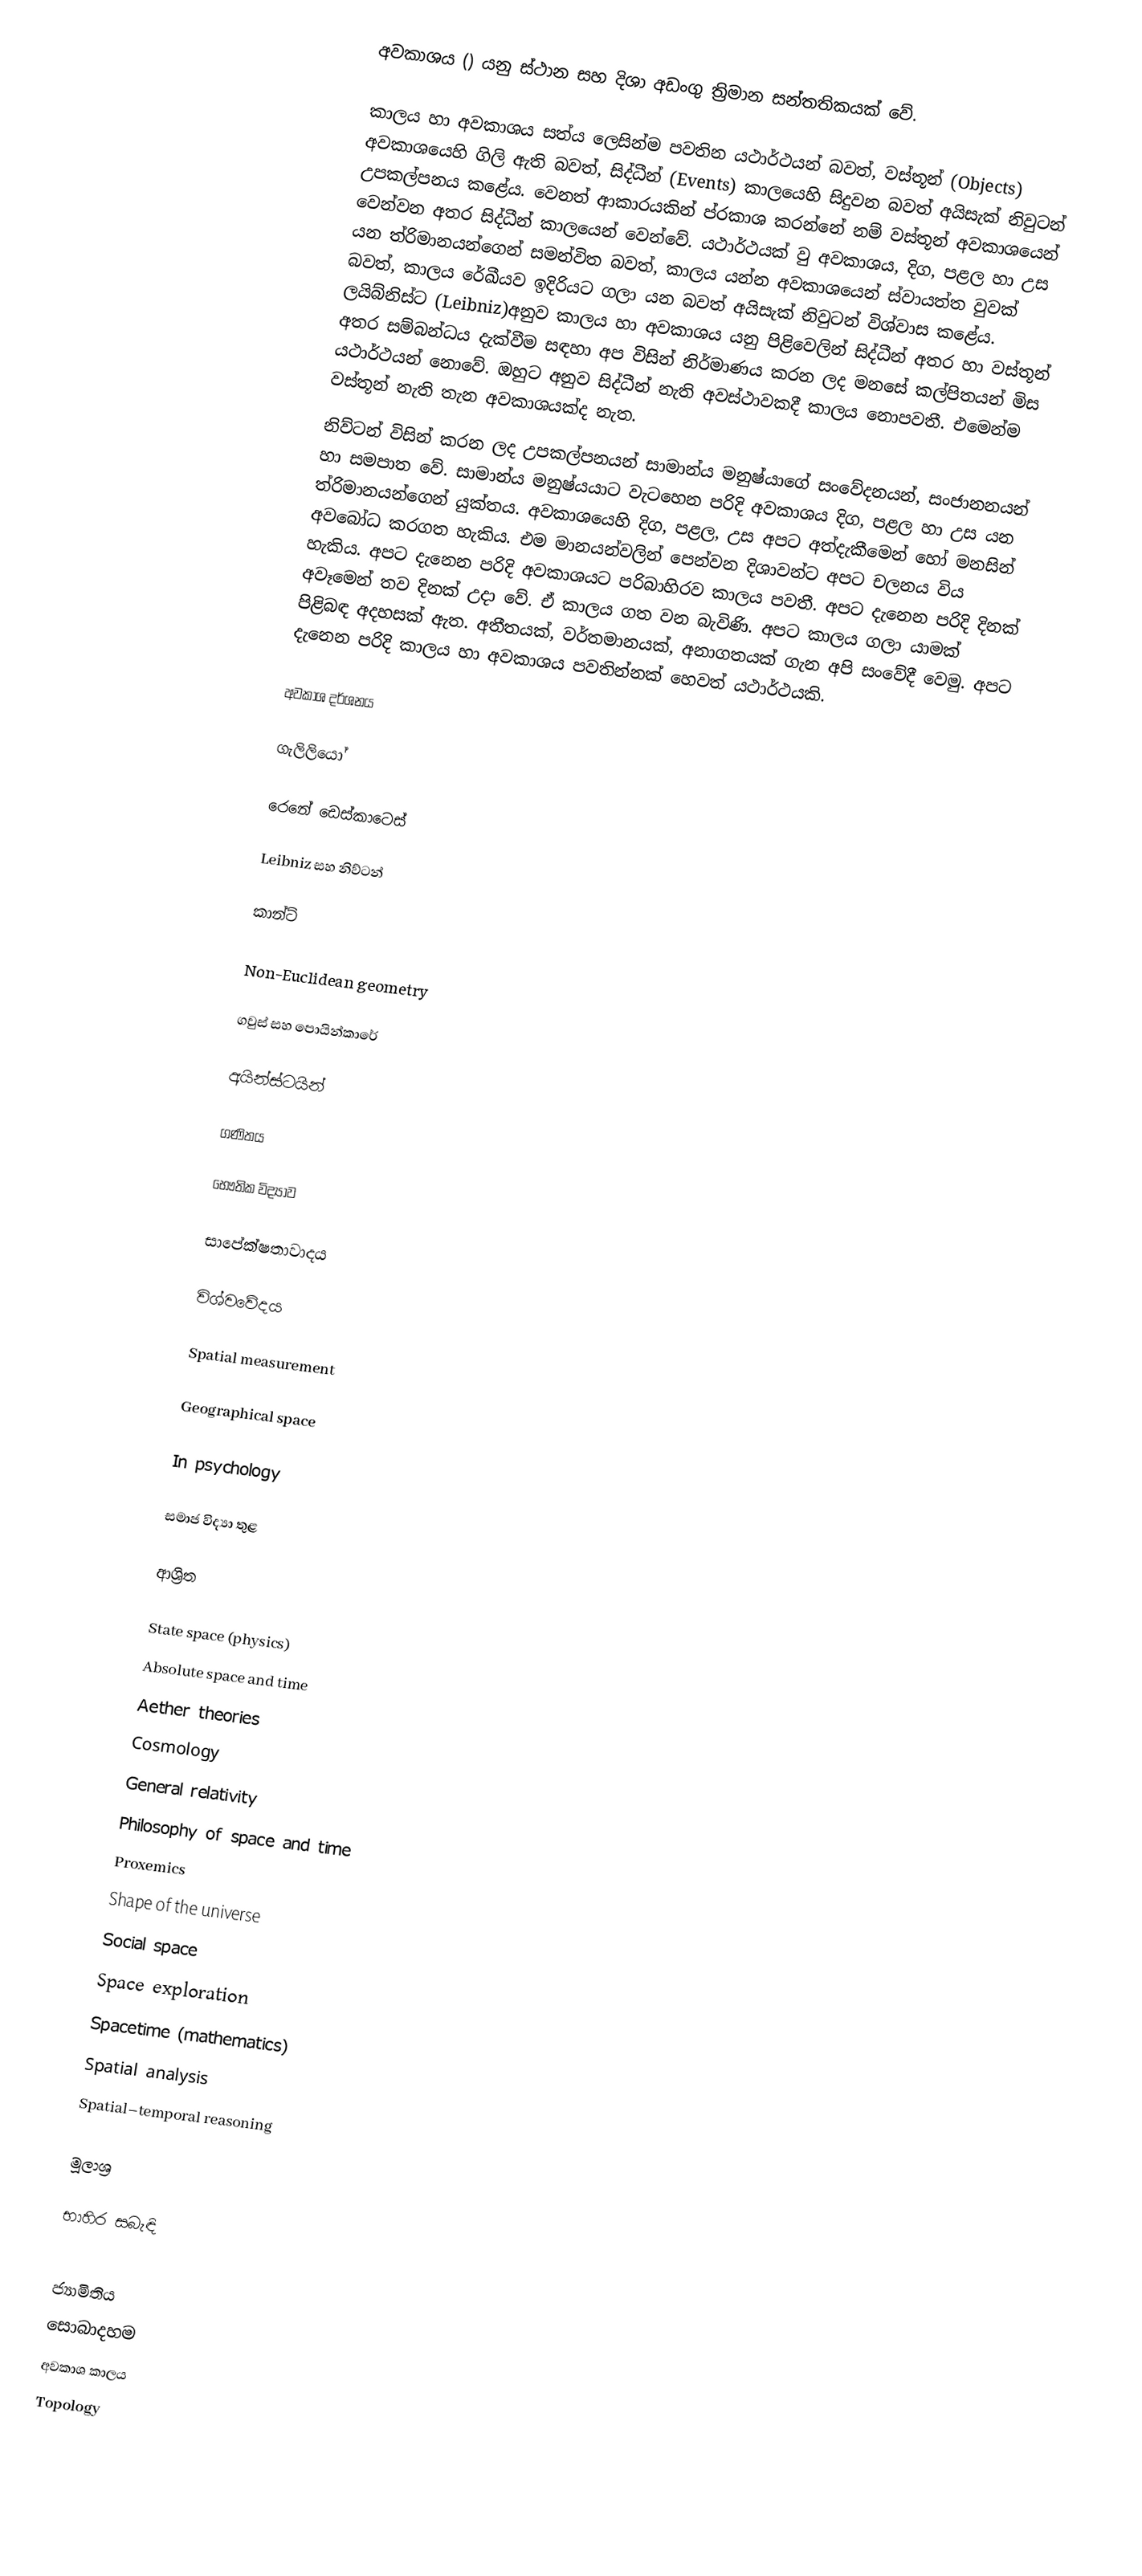
අවකාශය () යනු ස්ථාන සහ දිශා අඩංගු ත්‍රිමාන සන්තතිකයක් වේ.

කාලය හා අවකාශය සත්ය ලෙසින්ම පවතින යථාර්ථයන් බවත්, වස්තූන් (Objects) අවකාශයෙහි ගිලි ඇති බවත්, සිද්ධීන් (Events) කාලයෙහි සිදුවන බවත් අයිසැක් නිවුටන් උපකල්පනය කළේය. වෙනත් ආකාරයකින් ප්රකාශ කරන්නේ නම් වස්තූන් අවකාශයෙන් වෙන්වන අතර සිද්ධීන් කාලයෙන් වෙන්වේ. යථාර්ථයක් වු අවකාශය, දිග, පළල හා උස යන ත්රිමානයන්ගෙන් සමන්විත බවත්, කාලය යන්න අවකාශයෙන් ස්වායත්ත වුවක් බවත්, කාලය රේඛීයව ඉදිරියට ගලා යන බවත් අයිසැක් නිවුටන් විශ්වාස කළේය. ලයිබ්නිස්ට (Leibniz)අනුව කාලය හා අවකාශය යනු පිළිවෙලින් සිද්ධීන් අතර හා වස්තූන් අතර සම්බන්ධය දැක්වීම සඳහා අප විසින් නිර්මාණය කරන ලද මනසේ කල්පිතයන් මිස යථාර්ථයන් නොවේ. ඔහුට අනුව සිද්ධීන් නැති අවස්ථාවකදී කාලය නොපවතී. එමෙන්ම වස්තූන් නැති තැන අවකාශයක්ද නැත.
නිව්ටන් විසින් කරන ලද උපකල්පනයන් සාමාන්ය මනුෂ්යාගේ සංවේදනයන්, සංජානනයන් හා සමපාත වේ. සාමාන්ය මනුෂ්යයාට වැටහෙන පරිදි අවකාශය දිග, පළල හා උස යන ත්රිමානයන්ගෙන් යුක්තය. අවකාශයෙහි දිග, පළල, උස අපට අත්දැකීමෙන් හෝ මනසින් අවබෝධ කරගත හැකිය. එම මානයන්වලින් පෙන්වන දිශාවන්ට අපට චලනය විය හැකිය. අපට දැනෙන පරිදි අවකාශයට පරිබාහිරව කාලය පවතී. අපට දැනෙන පරිදි දිනක් අවෑමෙන් තව දිනක් උදා වේ. ඒ කාලය ගත වන බැවිණි. අපට කාලය ගලා යාමක් පිළිබඳ අදහසක් ඇත. අතීතයක්, වර්තමානයක්, අනාගතයක් ගැන අපි සංවේදී වෙමු. අපට දැනෙන පරිදි කාලය හා අවකාශය පවතින්නක් හෙවත් යථාර්ථයකි.

අවකාශ දර්ශනය

ගැලිලියෝ

රෙනේ ඩෙස්කාටෙස්

Leibniz සහ නිව්ටන්

කාන්ට්

Non-Euclidean geometry

ගවුස් සහ පොයින්කාරේ

අයින්ස්ටයින්

ගණිතය

භෞතික විද්‍යාව

සාපේක්ෂතාවාදය

විශ්වවේදය

Spatial measurement

Geographical space

In psychology

සමාජ විද්‍යා තුළ

ආශ්‍රිත

 State space (physics)
 Absolute space and time
 Aether theories
 Cosmology
 General relativity
 Philosophy of space and time
 Proxemics
 Shape of the universe
 Social space
 Space exploration
 Spacetime (mathematics)
 Spatial analysis
 Spatial–temporal reasoning

මූලාශ්‍ර

භාහිර සබැඳි

ජ්‍යාමිතිය
සොබාදහම
අවකාශ කාලය
Topology